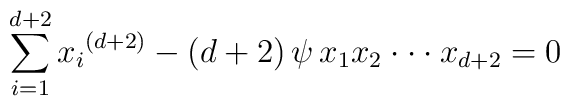
\sum_{i=1}^{d+2}{x_{i}}^{(d+2)}-(d+2) \, \psi \, {x_{1}x_{2}\cdot\cdot\cdot x_{d+2}}=0